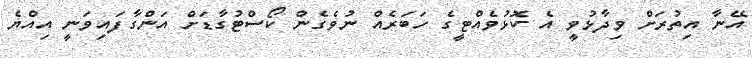
އޭނާ އިތުރަށް ވިދާޅުވީ އެ ކޮޅުވެއްޓީގެ ހަބަރެއް ނުވެގެން ކޯސްޓުގާޑަށް އަންގާފައިވަނީ އިއްޔެ